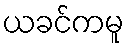
ယခင်ကမူ